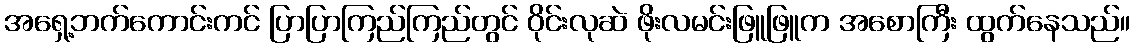
အရှေ့ဘက်ကောင်းကင် ပြာပြာကြည်ကြည်တွင် ဝိုင်းလုဆဲ ဖိုးလမင်းဖြူဖြူက အစောကြီး ထွက်နေသည်။